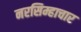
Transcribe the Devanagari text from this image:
नरसिम्हाचार